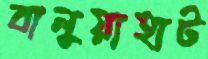
বালুয়াহাট